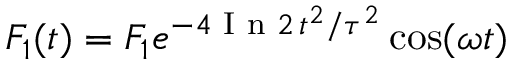
F _ { 1 } ( t ) = F _ { 1 } e ^ { - 4 \textnormal { I n } 2 \, t ^ { 2 } / \tau ^ { 2 } } \cos ( \omega t )